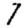
Digit: 7